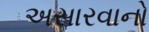
અસારવાનો